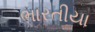
ભારતીયા